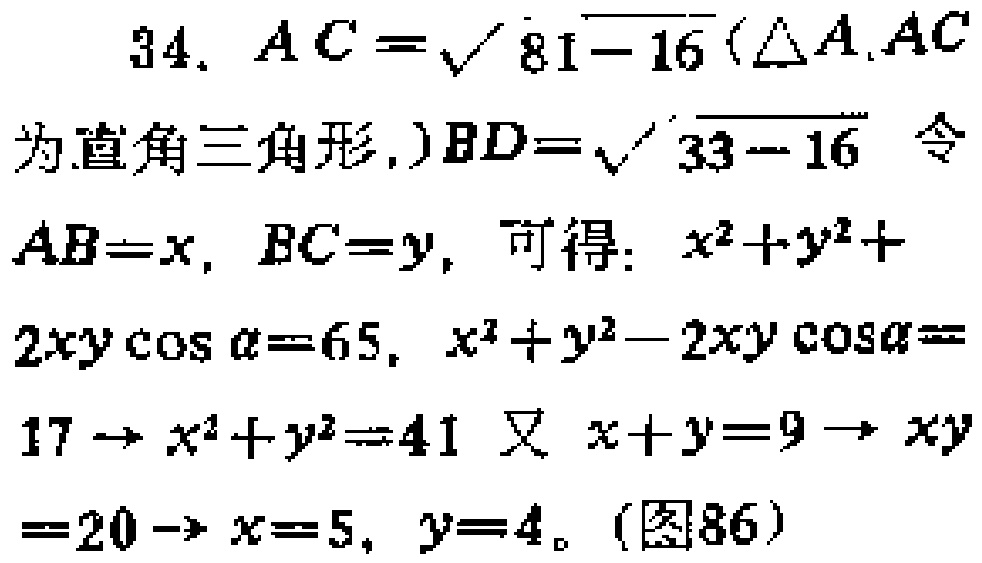
34. \(AC = \sqrt{81 - 16}\)（\(\triangle AAC\)为直角三角形.）\(BD=\sqrt{33 - 16}\) 令\(AB = x\), \(BC = y\), 可得：\(x^{2}+y^{2}+2xy\cos\alpha = 65\), \(x^{2}+y^{2}-2xy\cos\alpha = 17\) \(\to x^{2}+y^{2}=41\) 又 \(x + y = 9\) \(\to xy = 20\) \(\to x = 5\), \(y = 4\)。(图86)